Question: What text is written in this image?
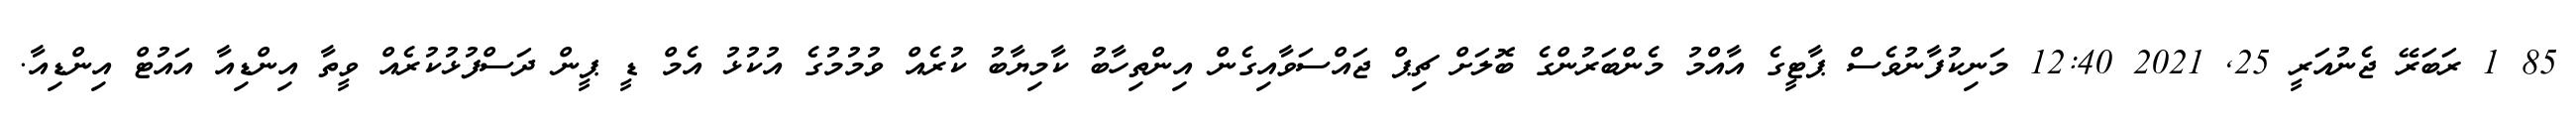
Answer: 85 1 ރަބަރޭ ޖެނުއަރީ 25, 2021 12:40 މަނިކުފާނުވެސް ޕާޓީގެ އާއްމު މެންބަރުންގެ ބޮލަށް ޗިޕް ޖައްސަވާއިގެން އިންތިހާބު ކާމިޔާބު ކުރެއް ވުމުމުގެ އުކުޅު އެމް ޑީ ޕީން ދަސްފުޅުކުރެއް ވީތާ އިންޑިއާ އައުޓް އިންޑިއާ.